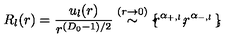
R _ { l } ( r ) = \frac { u _ { l } ( r ) } { r ^ { ( D _ { 0 } - 1 ) / 2 } } \stackrel { ( r \rightarrow 0 ) } { \sim } \mathrm { \boldmath \large \left\{ \right. } \! \! \! r ^ { \alpha _ { + , l } } \mathrm { \boldmath \large , } \! r ^ { \alpha _ { - , l } } \mathrm { \boldmath \large \left. \right\} } \! \! ,